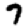
Digit: 7